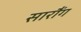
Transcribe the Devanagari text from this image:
सारौंग